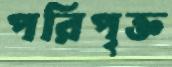
পরিপৃক্ত